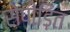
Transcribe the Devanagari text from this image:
सेपीड़ित